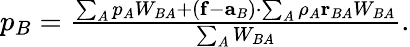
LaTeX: \begin{array}{r}{p_{B}=\frac{\sum_{A}p_{A}W_{BA}+\left(\mathbf{f}-\mathbf{a}_{B}\right)\cdot\sum_{A}\rho_{A}\mathbf{r}_{BA}W_{BA}}{\sum_{A}W_{BA}}.}\end{array}